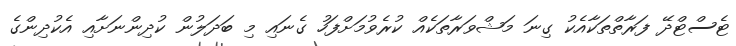
ޓެސްޓްދޭ ފަރާތްތަކާއެކު ގިނަ މަޝްވަރާތަކެއް ކުރެވުމަށްފަހު ގެނައި މި ބަދަލުން ކުދިންނަށާއި އެކުދިންގެ